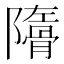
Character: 𩩜